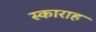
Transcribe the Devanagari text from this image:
स्काराह